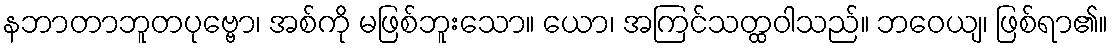
နဘာတာဘူတပုဗ္ဗော၊ အစ်ကို မဖြစ်ဘူးသော။ ယော၊ အကြင်သတ္ထဝါသည်။ ဘဝေယျ၊ ဖြစ်ရာ၏။